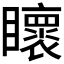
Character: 𭿯